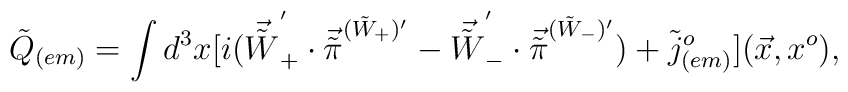
{\tilde Q}_{(em)}=\int d^3x [i({\vec {\tilde W}}^{'}_{+}\cdot {\vec {\tilde \pi}}^{({\tilde W}_{+}){'}}-{\vec {\tilde W}}^{'}_{-}\cdot {\vec {\tilde \pi}}^{({\tilde W}_{-}){'}})+ {\tilde j}^o_{(em)}](\vec x,x^o),